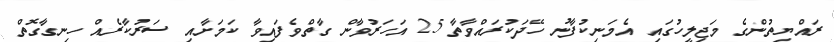
ރައްޔިތުންގެ މަޖިލީހުގައި އެމަނިކުފާނު ހޭދަކުރައްވާތާ 25 އަހަރުވާން ގާތްވެފައިވާ ކަމަށާއި ސަރުކާރެއް ހިނގާގޮތް